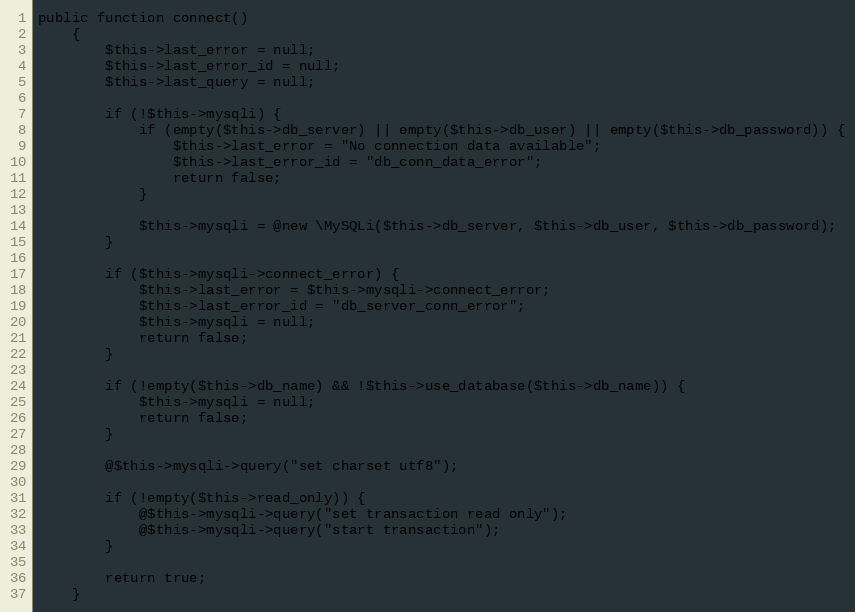
Language: PHP
public function connect()
    {
        $this->last_error = null;
        $this->last_error_id = null;
        $this->last_query = null;

        if (!$this->mysqli) {
            if (empty($this->db_server) || empty($this->db_user) || empty($this->db_password)) {
                $this->last_error = "No connection data available";
                $this->last_error_id = "db_conn_data_error";
                return false;
            }

            $this->mysqli = @new \MySQLi($this->db_server, $this->db_user, $this->db_password);
        }

        if ($this->mysqli->connect_error) {
            $this->last_error = $this->mysqli->connect_error;
            $this->last_error_id = "db_server_conn_error";
            $this->mysqli = null;
            return false;
        }

        if (!empty($this->db_name) && !$this->use_database($this->db_name)) {
            $this->mysqli = null;
            return false;
        }

        @$this->mysqli->query("set charset utf8");

        if (!empty($this->read_only)) {
            @$this->mysqli->query("set transaction read only");
            @$this->mysqli->query("start transaction");
        }

        return true;
    }